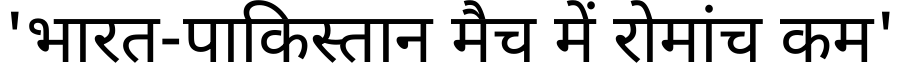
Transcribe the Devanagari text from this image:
'भारत-पाकिस्तान मैच में रोमांच कम'